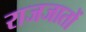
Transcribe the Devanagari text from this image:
राजजातों